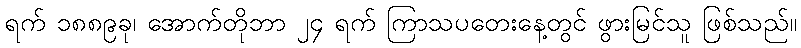
ရက် ၁၈၈၉ခု၊ အောက်တိုဘာ ၂၄ ရက် ကြာသပတေးနေ့တွင် ဖွားမြင်သူ ဖြစ်သည်။